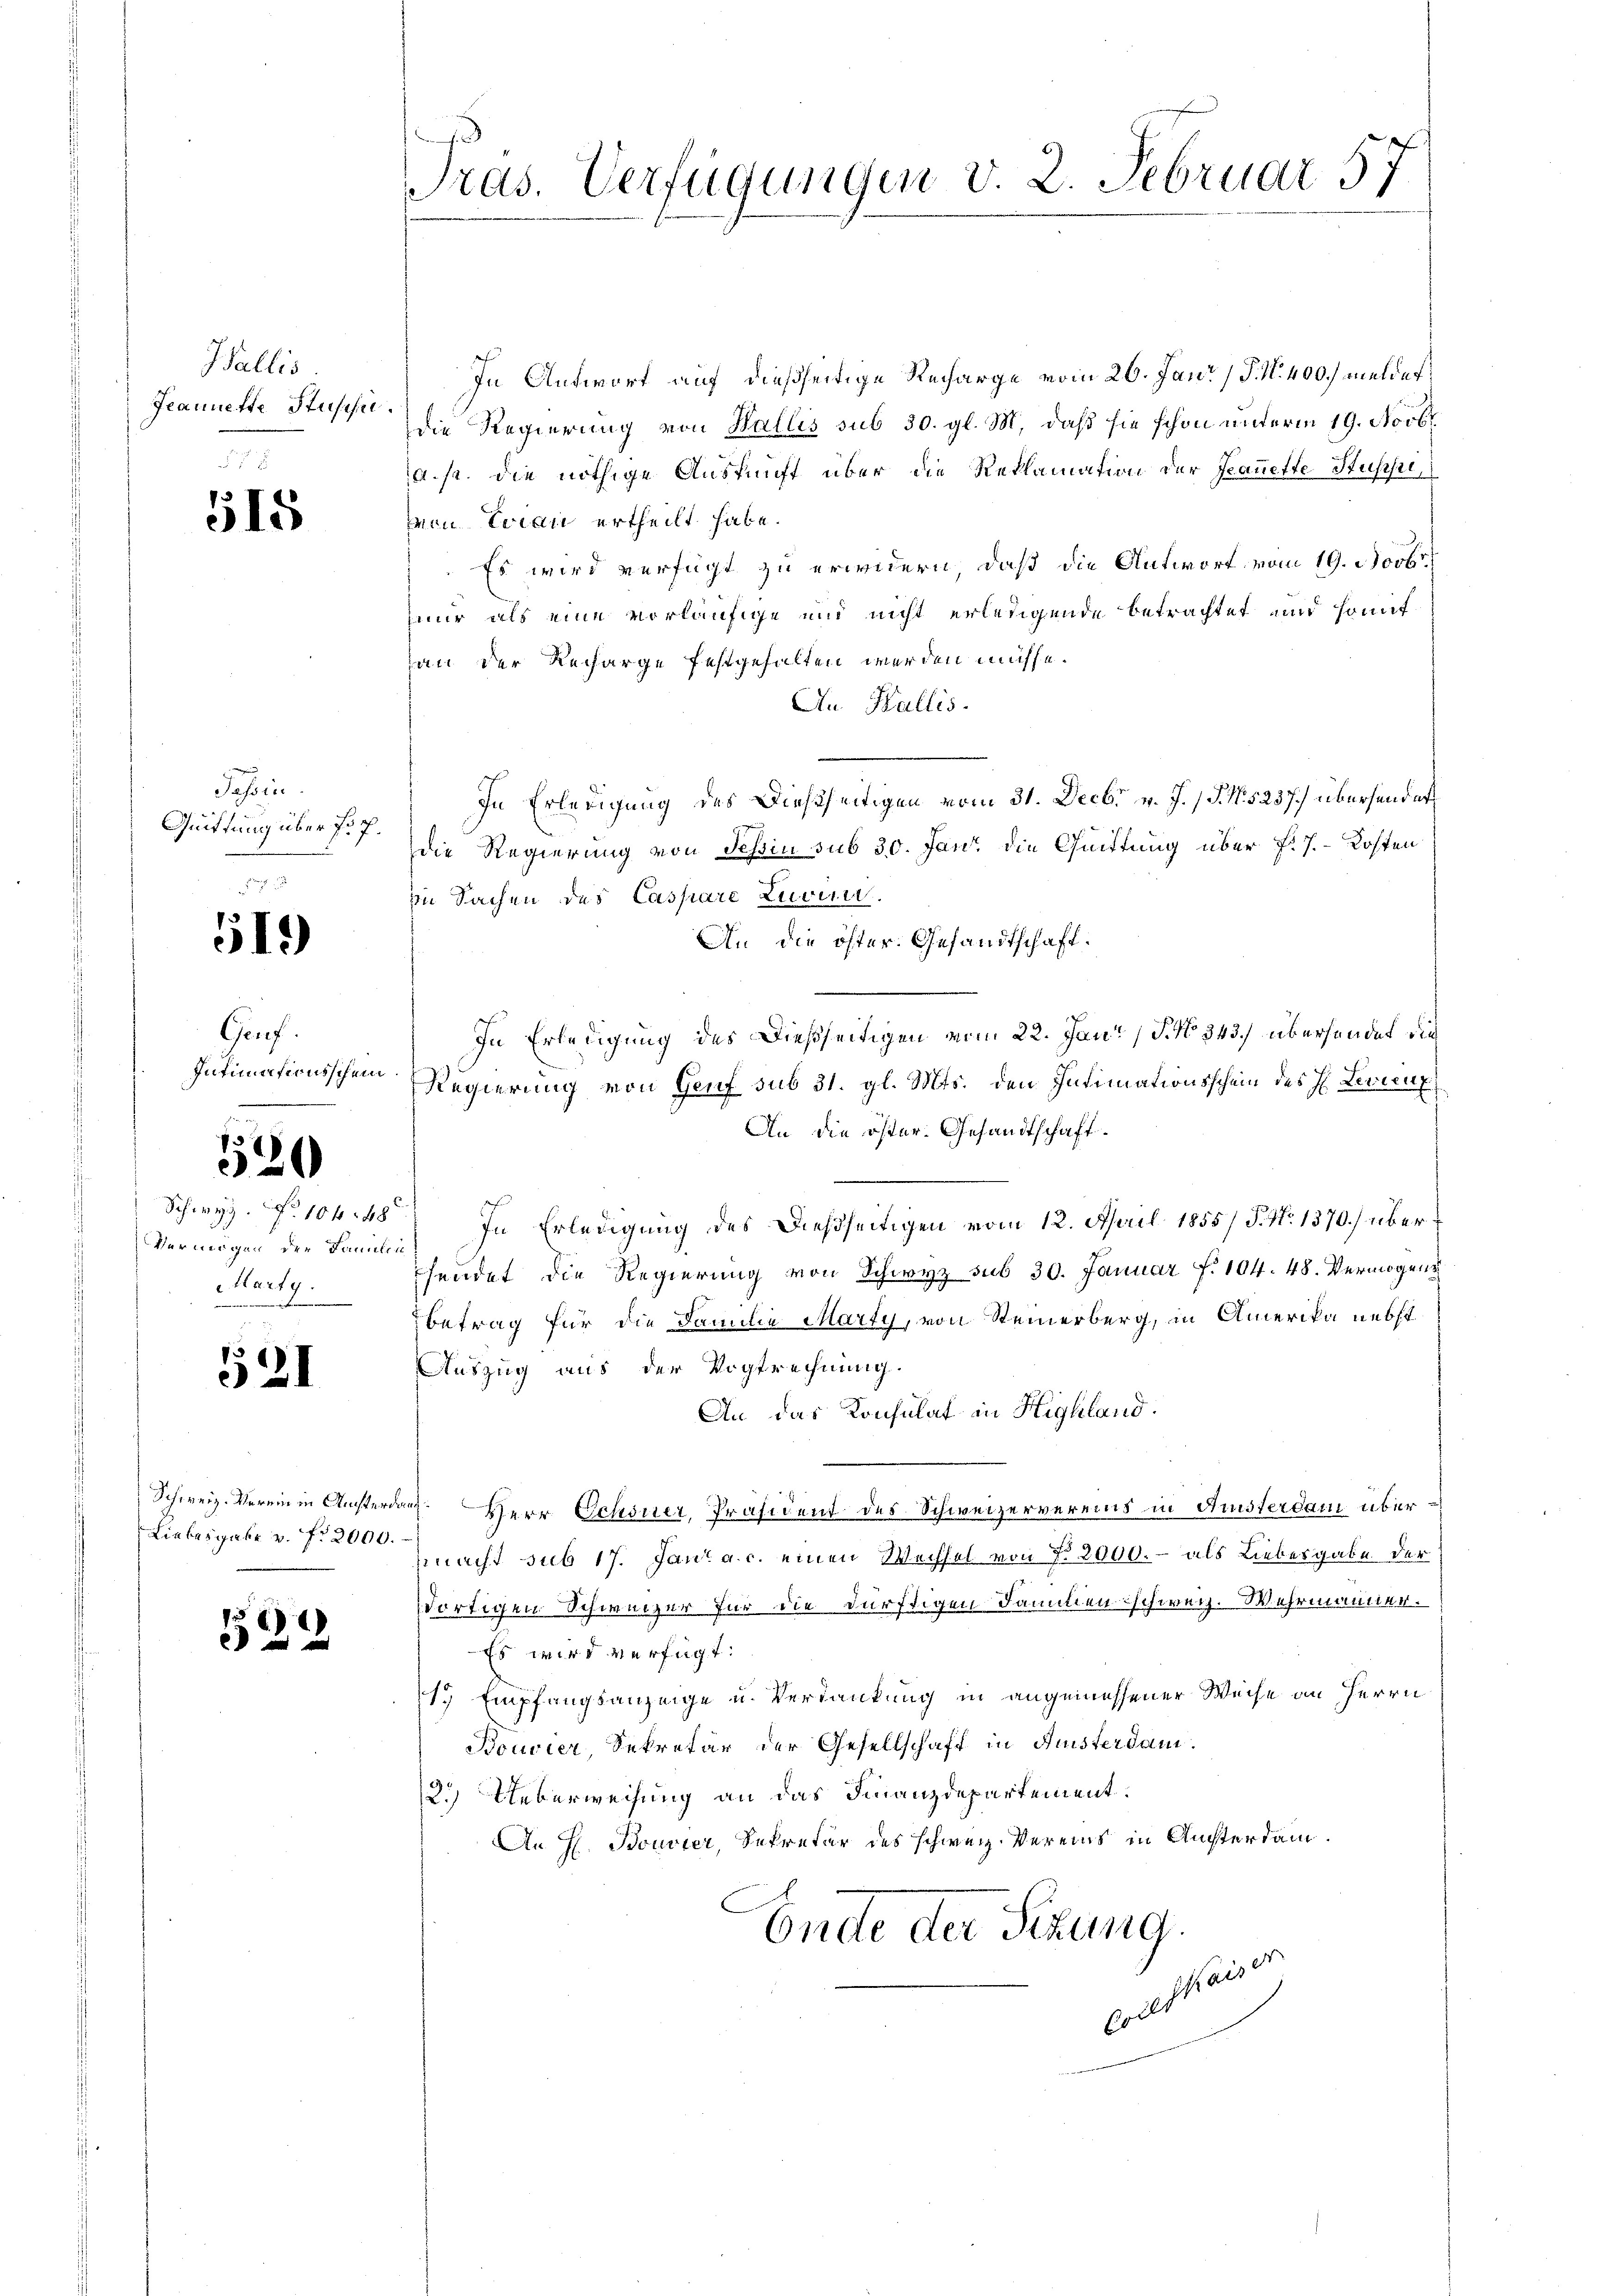
Wallis
Jeannerte Stuische.

515

Jahren
Quittung über fr. 7.

519)

Gruf.
Intimationsschein

520

Schwyz. No 10 f 48
Vermögen der Familie
Martg.

121

Liebesgabe v. fr. 2000.

)
2

Pras. Verfügungen v. 2. Februar 57

In Antwort auf dießseitige Recharge vom 26. Jani / P. N. 400.) meldes,
die Regierung von Wallis sub 30. gl. M. daß sie schon unterm 19. Novbr.
a. s. die nöthige Auskunft über die Reklamation der Frauette Stufe,
Von Evian ertheilt habe.
Es wird verfügt zu erwidern, daß die Antwort vom 19. Novbr
nur als eine vorläufige und nicht erledigende betrachtet und somit
an der Recharge festgehalten werden müsse.
An Wallis.
In Erledigung des Dießseitigen vom 31. Decbr. v. J. J. N. 5237.) übersendet
die Regierung von Tessin sub 30. Janr. die Quittung über P. J. Kosten
In Sachen des Caspare Zuver
An die öfter. Gesandtschaft.
In Erledigung des Dießseitigen vom 22. Jan. 15. No 343.) überhander die
Regierung von Genf sub 31. gl. Mts. den Intimationsschein des H. Linienz
An die öster Gesandtschaft.
In Erledigung des Dießseitigen vom 12. April 1855/ J. No. 1370.) übersendet die Regierung von Schwyz sub 30. Januar d. 104. 48. Vermögens
Betrag für die Familie Marty, von Steinerberg, in Amerika nebst
Auszug aus der Vogtrechnung.
An das Konsulat in Highland.
Schweiz. Verein in Ansterdar Herr Ochsner, Präsident des Schweizervereins in Austerdam übermacht sub 17. Jan. a. c. einen Wechsel von 7. 2000.- als Liebesgabe der
Wortigen Schweizer für die dürftigen Familien schweiz. Wehrmanner.
Es wird verfügt:
1. Empfangsanzeige u. Verdankung in angemessener Weise an Herrn
Bouvier, Sekretär der Gesellschaft in Fristerdam.
2.) Ueberweisung an das Finanzdepartement.
An H. Bouvier, Sekreter des schweiz. Vereins in Ansterdam.
Ende der Sitzung.
ventanen